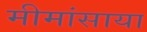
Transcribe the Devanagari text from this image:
मीमांसाया